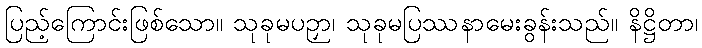
ပြည့်ကြောင်းဖြစ်သော။ သုခုမပဉှာ၊ သုခုမပြဿနာမေးခွန်းသည်။ နိဋ္ဌိတာ၊